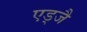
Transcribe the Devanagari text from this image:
एड्जै